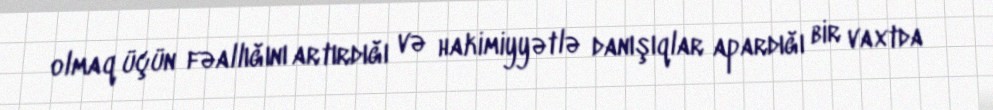
olmaq üçün fəallığını artırdığı və hakimiyyətlə danışıqlar apardığı bir vaxtda